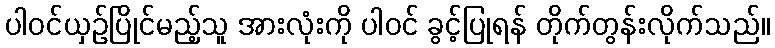
ပါဝင်ယှဉ်ပြိုင်မည့်သူ အားလုံးကို ပါဝင် ခွင့်ပြုရန် တိုက်တွန်းလိုက်သည်။